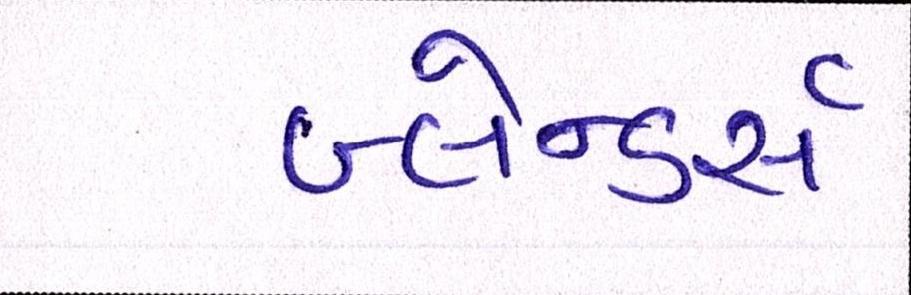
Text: બ્લેન્ડર્સ